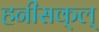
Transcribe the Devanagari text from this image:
हनीसक्‌ल्‌